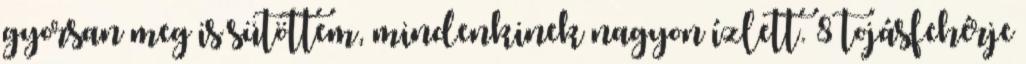
gyorsan meg is sütöttem, mindenkinek nagyon ízlett. 8 tojásfehérje